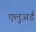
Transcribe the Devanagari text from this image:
एलुअर्ड